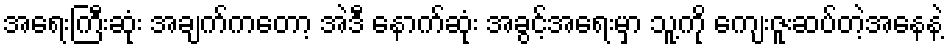
အရေးကြီးဆုံး အချက်ကတော့ အဲဒီ နောက်ဆုံး အခွင့်အရေးမှာ သူ့ကို ကျေးဇူးဆပ်တဲ့အနေနဲ့